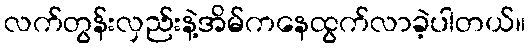
လက်တွန်းလှည်းနဲ့အိမ်ကနေထွက်လာခဲ့ပါတယ်။